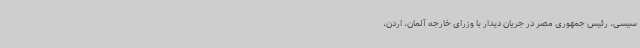
سیسی، رئیس جمهوری مصر در جریان دیدار با وزرای خارجه آلمان، اردن،